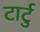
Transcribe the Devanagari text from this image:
टार्टु